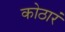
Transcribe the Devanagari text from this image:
कोठारं